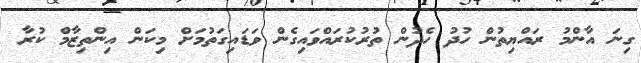
ގިނަ އާންމު ރައްޔިތުން ހުދު ހެދުން ތުރުކުރައްވައިގެން ވަޑައިގަތުމަށް މިކަން އިންތިޒާމް ކުރާ